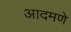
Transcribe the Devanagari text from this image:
आदमणे